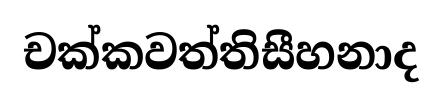
චක්කවත්තිසීහනාද